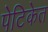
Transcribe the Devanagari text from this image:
पेटिकेत